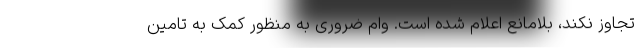
تجاوز نکند، بلامانع اعلام شده است. وام ضروری به منظور کمک به تامین